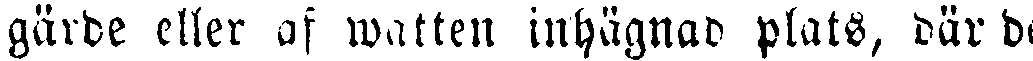
gärde eller af watten inhägnad plats, där de